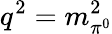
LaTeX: q^{2}=m_{\pi^{0}}^{2}